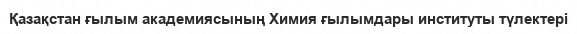
Қазақстан ғылым академиясының Химия ғылымдары институты түлектері